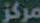
مركز